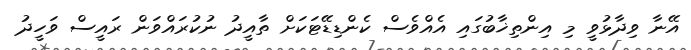
އޭނާ ވިދާޅުވީ މި އިންތިޚާބުގައި އެއްވެސް ކެންޑިޑޭޓަކަށް ތާއީދު ނުކުރައްވަން ރައީސް ވަހީދު